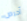
أحرص